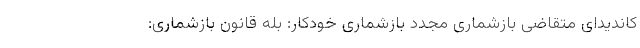
کاندیدای متقاضی بازشماری مجدد بازشماری خودکار: بله قانون بازشماری: